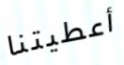
أعطيتنا